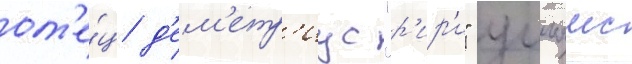
от'е́ц д'ем'етр'иус "р'ир'и" уильямс